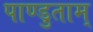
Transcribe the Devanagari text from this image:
पाण्डुताम्‌